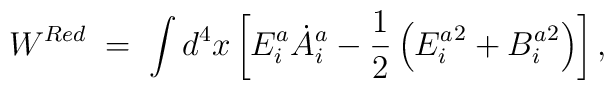
W^{Red}\; =\; \int d^4x \left[ E^a_i{\dot{A}}^a_i-\frac{1}{2} \left( {E^{a}_{i}}^2 + {B^{a}_{i}}^2\right)\right],